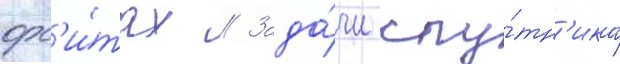
орб'и́тах // Зада́чи спу́тн'ика